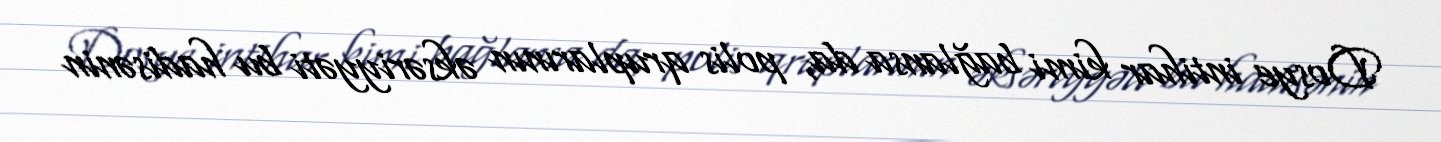
Dosye intihar kimi bağlansa da, polis qruplarının əksəriyyəti bu hadisənin